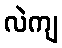
လဲကျ